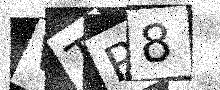
Text: VTP8